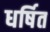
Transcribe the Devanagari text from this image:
धर्षित